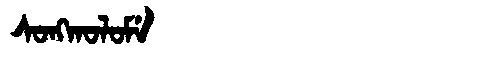
Manchu: ᠰᠣᠩᡴᠣᠯᠣᠮᡝ
Romanization: SONGKOLOME